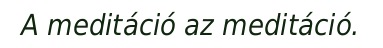
A meditáció az meditáció.